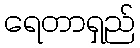
ရေတာရှည်